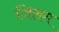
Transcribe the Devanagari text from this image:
जिलग